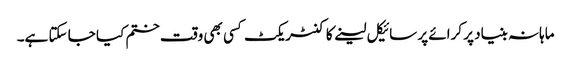
ماہانہ بنیاد پر کرائے پر سائیکل لینے کا کنٹریکٹ کسی بھی وقت ختم کیا جا سکتا ہے۔